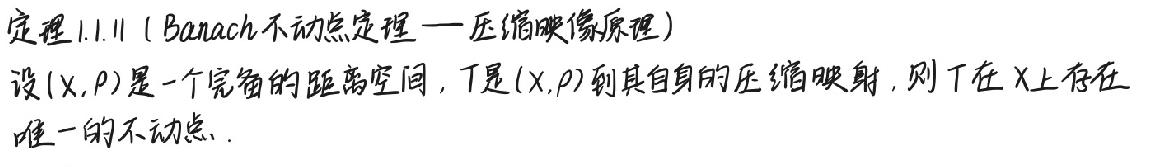
定理1.1.11（Banach 不动点定理 — 压缩映像原理）
设$(X,\rho)$是一个完备的距离空间，$T$是$(X,\rho)$到其自身的压缩映射，则$T$在$X$上存在唯一的不动点.